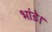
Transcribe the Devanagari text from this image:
भांडे।